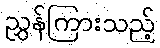
ညွှန်ကြားသည့်